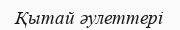
Қытай әулеттері